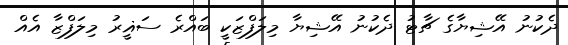
ދެކުނު އޭޝިޔާގެ ޗާޓު ދެކުނު އޭޝިޔާ މިލަފްޒަކީ ބައްރެ ސަޣީރު މިލަފްޒާ އެއް